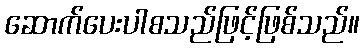
ဆောက်ပေးပါစသည်ဖြင့်ဖြစ်သည်။